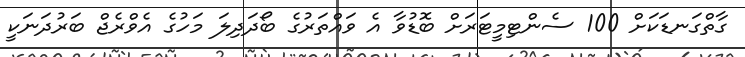
ގާތްގަނޑަކަށް 100 ސެންޓިމީޓަރަށް ބޮޑުވާ އެ ވައްތަރުގެ ބޯދަދިލަ މަހުގެ އެވްރެޖް ބަރުދަނަކީ